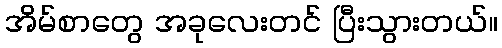
အိမ်စာတွေ အခုလေးတင် ပြီးသွားတယ်။